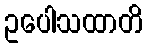
ဥပေါသထာတိ